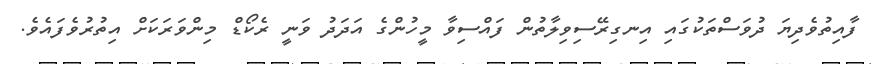
ފާއިތުވެދިޔަ ދުވަސްތަކުގައި އިނގިރޭސިވިލާތުން ފައްސިވާ މީހުންގެ އަދަދު ވަނީ ރެކޯޑް މިންވަރަކަށް އިތުރުވެފައެވެ.